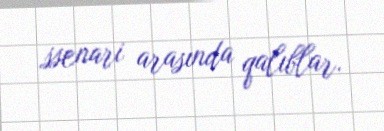
ssenari arasında qalıblar.